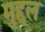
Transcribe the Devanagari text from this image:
मुद्दल